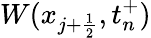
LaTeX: W(x_{j+\frac{1}{2}},t_{n}^{+})